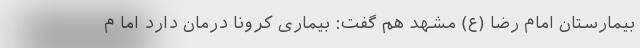
بیمارستان امام رضا (ع) مشهد هم گفت: بیماری کرونا درمان دارد اما م